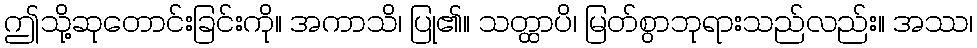
ဤသို့ဆုတောင်းခြင်းကို။ အကာသိ၊ ပြု၏။ သတ္ထာပိ၊ မြတ်စွာဘုရားသည်လည်း။ အဿ၊